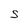
Character: S